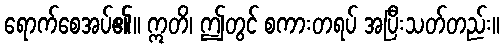
ရောက်စေအပ်၏။ ဣတိ၊ ဤတွင် စကားတရပ် အပြီးသတ်တည်း။